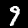
Label: 9